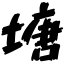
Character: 塘